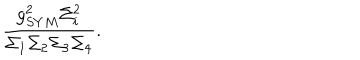
LaTeX: \frac { g _ { S Y M } ^ { 2 } \Sigma _ { i } ^ { 2 } } { \Sigma _ { 1 } \Sigma _ { 2 } \Sigma _ { 3 } \Sigma _ { 4 } } .